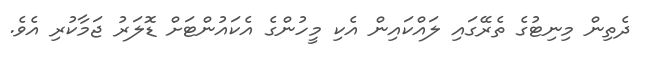
ދެތިން މިނިޓުގެ ތެރޭގައި ލައްކައިން އެކި މީހުންގެ އެކައުންޓަށް ޑޮލަރު ޖަމާކުރި އެވެ.